画像に写った文字を読んでください
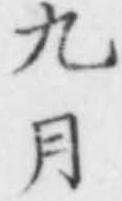
「九月」と書いてあります